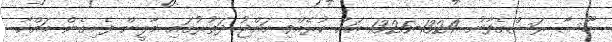
މޫސާ ރަސްގެފާނު 1324-1325 އަށް ކުރެއްވި ހައްޖު ދަތުރުގައި މާލީން ފެށިގެން މައްކާ